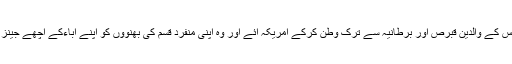
صوفیہ کا کہنا ہے کہ اس کے والدین قبرص اور برطانیہ سے ترک وطن کرکے امریکہ آئے اور وہ اپنی منفرد قسم کی بھنووں کو اپنے آباءکے اچھے جینز کا نتیجہ قرار دیتی ہیں۔